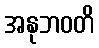
အနုဘဝတိ